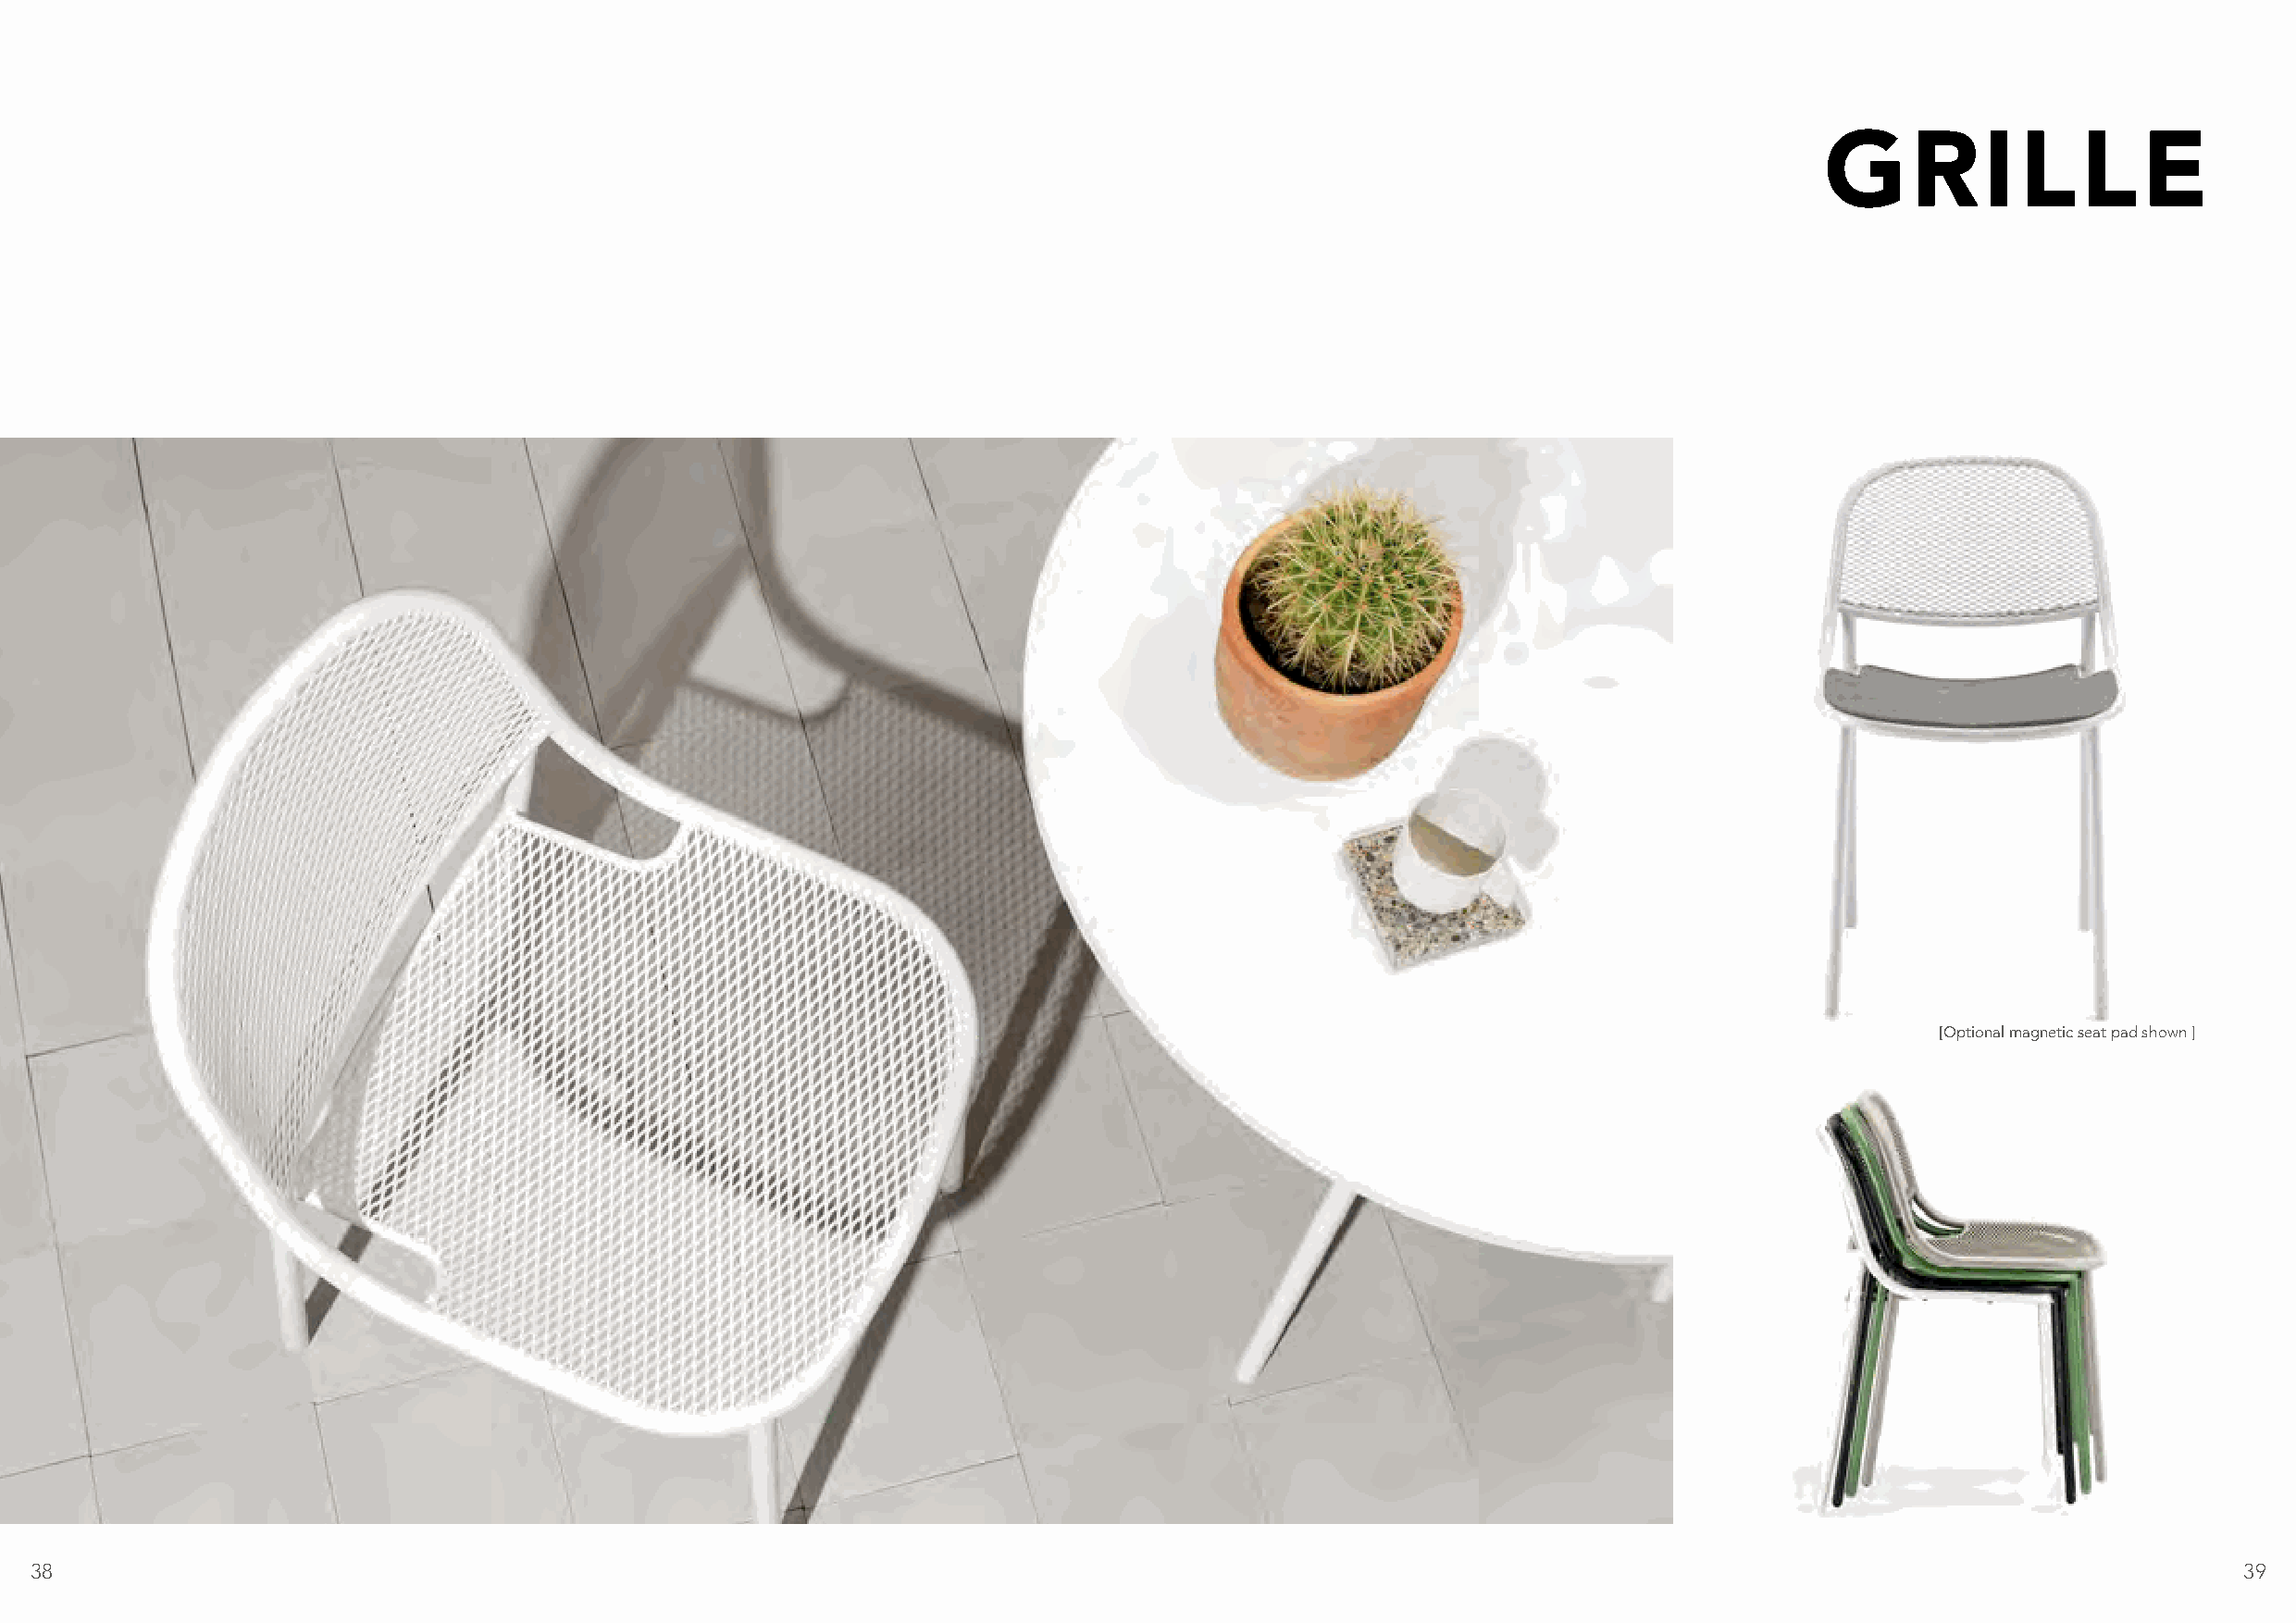
GRILLE
 [Optional magnetic seat pad shown ]
 38                                                                                                                                                            39